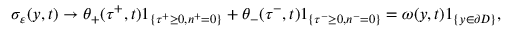
\sigma _ { \varepsilon } ( y , t ) \to \theta _ { + } ( \tau ^ { + } , t ) 1 _ { \{ \tau ^ { + } \geq 0 , n ^ { + } = 0 \} } + \theta _ { - } ( \tau ^ { - } , t ) 1 _ { \{ \tau ^ { - } \geq 0 , n ^ { - } = 0 \} } = \omega ( y , t ) 1 _ { \{ y \in \partial D \} } ,